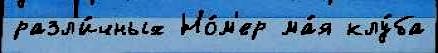
разл'и́чных Но́м'ер ма́я клу́ба